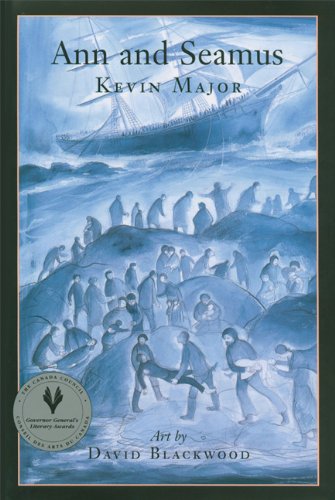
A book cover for Ann and Seamus; Kevin Major; Teen & Young Adult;